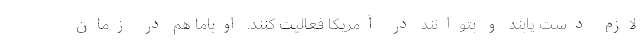
لازم دست یابند و بتوانند در آمریکا فعالیت کنند. اوباما هم در زمان